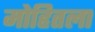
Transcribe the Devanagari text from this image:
मोहितला